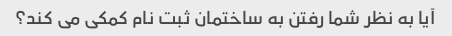
آیا به نظر شما رفتن به ساختمان ثبت نام کمکی می کند؟